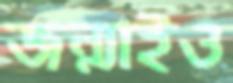
জন্মাইও